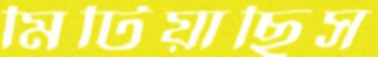
মিটিয়াছিস